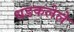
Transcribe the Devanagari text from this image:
धडकलेले